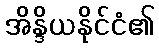
အိန္ဒိယနိုင်ငံ၏